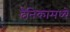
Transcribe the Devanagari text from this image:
दैनिकामध्ये